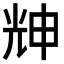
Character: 𠒗